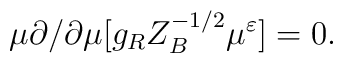
\mu\partial/\partial \mu[g_{R}Z_{B}^{-1/2}\mu^{\varepsilon}]=0.